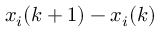
x _ { i } ( k + 1 ) - x _ { i } ( k )